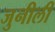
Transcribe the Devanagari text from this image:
जुनीली